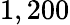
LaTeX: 1,200